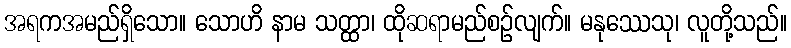
အရကအမည်ရှိသော။ သောဟိ နာမ သတ္ထာ၊ ထိုဆရာမည်စဉ်လျက်။ မနုဿေသု၊ လူတို့သည်။